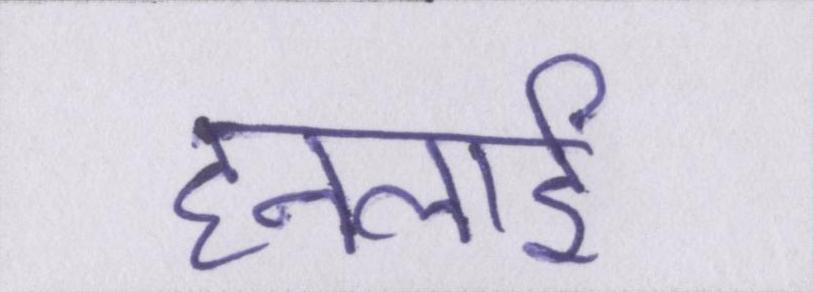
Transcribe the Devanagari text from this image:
हनलाई